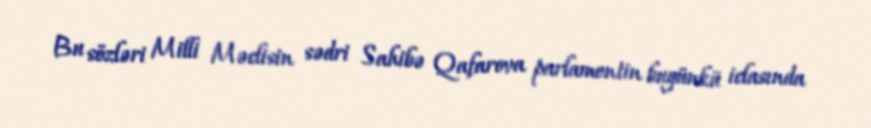
Bu sözləri Milli Məclisin sədri Sahibə Qafarova parlamentin bugünkü iclasında